First report of the anti-malarial operations at Mian Mir, 1901-1903 - Number 6
Year: 1901
Disease focus: Malaria
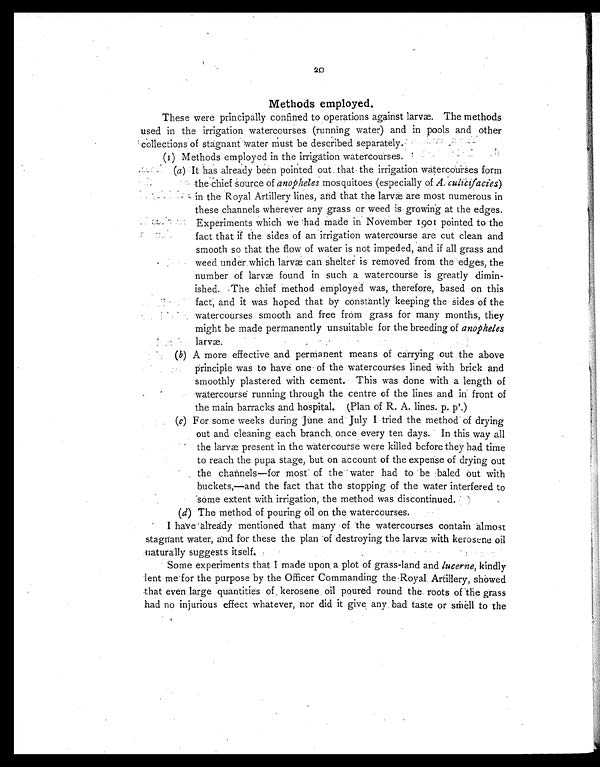
20
Methods employed.
These were principally confined to operations against larvæ. The methods
used in the irrigation watercourses (running water) and in pools and other
collections of stagnant water must be described separately
.
(1) Methods employed in the irrigation watercourses.
(a) It has already been pointed out. that the irrigation watercourses form
the chief Source of anopheles mosquitoes (especially of A.culicifacies )
in the Royal Artillery lines, and that the larvæ are most numerous in
these channels wherever any grass or weed is growing at the edges.
Experiments which we had made in November 1901 pointed to the
fact that if the sides of an irrigation watercourse are cut clean and
smooth so that the flow of water is not impeded, and if all grass and
•
weed under.which larvæ can shelter is removed from the edges, the
number of larvæ found in such a watercourse is greatly dimin--
ished. The chief method employed was, therefore, based on this
fact, and it was hoped that by constantly keeping the sides of the
watercourses smooth and free from grass for many months, they
might be made permanently unsuitable for the breeding of anopheles
•
( b) A more effective and permanent means of carrying out the above
principle was to have one of the watercourses lined With brick and
smoothly plastered with cement. This was done with a length of
watercourse running through the centre of the lines and in front of
the main barracks and hospital. (Plan of R. A. lines. p. p.1)
(c) For some weeks during June and July I tried the method of drying
out and cleaning each branch, once every ten days. In this way all
the larvæ present in the watercourse were killed before they had time
to reach the pupa stage, but on account of the expense of drying out
the channels—for most of the water had to be baled out with
buckets,—and the fact that the stopping of the water interfered to
some extent with irrigation, the method was discontinued.
(d) The method of pouring oil on the watercourses.
I have already mentioned that many of the watercourses contain almost
stagnant water, and for these the plan of destroying the larvæ with kerosene oil
naturally suggests itself.
Some experiments that I made upon a plot of grass-land and lucerne, kindly
lent me for the purpose by the Officer Commanding the Royal Artillery, showed
that even large quantities of kerosene oil poured round the roots of the grass
had no injurious effect whatever, nor did it give any bad, taste or smell to the